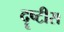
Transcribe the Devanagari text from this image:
दॄष्टीस